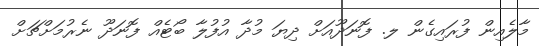
މާލެއިން ފުރައިގެން ލ. ފޮނަދޫއަށް ދިޔަ މުދާ އުފުލާ ބޯޓެއް ފޮނަދޫ ނެރުމަށްޗަށް